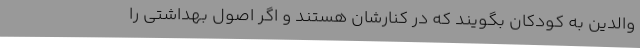
والدین به کودکان بگویند که در کنارشان هستند و اگر اصول بهداشتی را